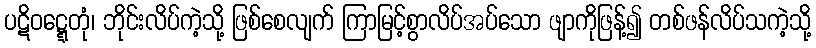
ပဋိဝဋ္ဋေတုံ၊ ဘိုင်းလိပ်ကဲ့သို့ ဖြစ်စေလျက် ကြာမြင့်စွာလိပ်အပ်သော ဖျာကိုဖြန့်၍ တစ်ဖန်လိပ်သကဲ့သို့